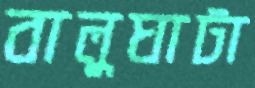
বালুঘাটা